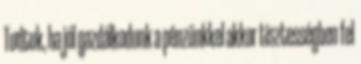
Tudtuk, ha jól gazdálkodunk a pénzünkkel akkor tisztességben fel